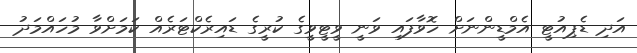
އަދި ޑެޕިއުޓީ އެމްޑީންނަށް ހޮވާފައި ވަނީ ވީޓީވީގެ ކުރީގެ ޑައިރެކްޓަރެއް ކަމަށްވާ މުހައްމަދު